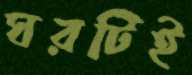
ঘরটিই